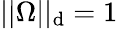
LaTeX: ||\Omega||_{\mathrm{d}}=1